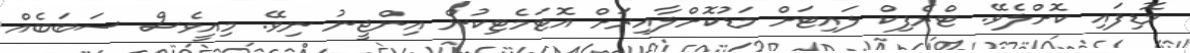
މޮޑިފައި ކޮށްލެވޭ. ޓްރެފިކް ލައިޓަށް މަޑުކޮށްލާއިރަށް އޮޓަމެޓިކުން އިންޖީނު ނިވޭ. މިއީވެސް ސަބަބެއް